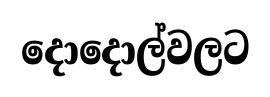
දොදොල්වලට